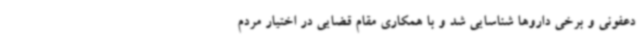
دعفونی و برخی داروها شناسایی شد و با همکاری مقام قضایی در اختیار مردم